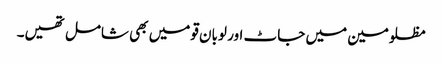
مظلومین میں جاٹ اور لوبان قومیں بھی شامل تھیں۔